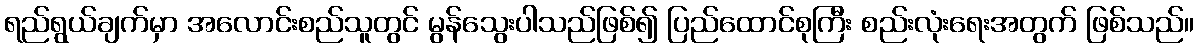
ရည်ရွယ်ချက်မှာ အလောင်းစည်သူတွင် မွန်သွေးပါသည်ဖြစ်၍ ပြည်ထောင်စုကြီး စည်းလုံးရေးအတွက် ဖြစ်သည်။